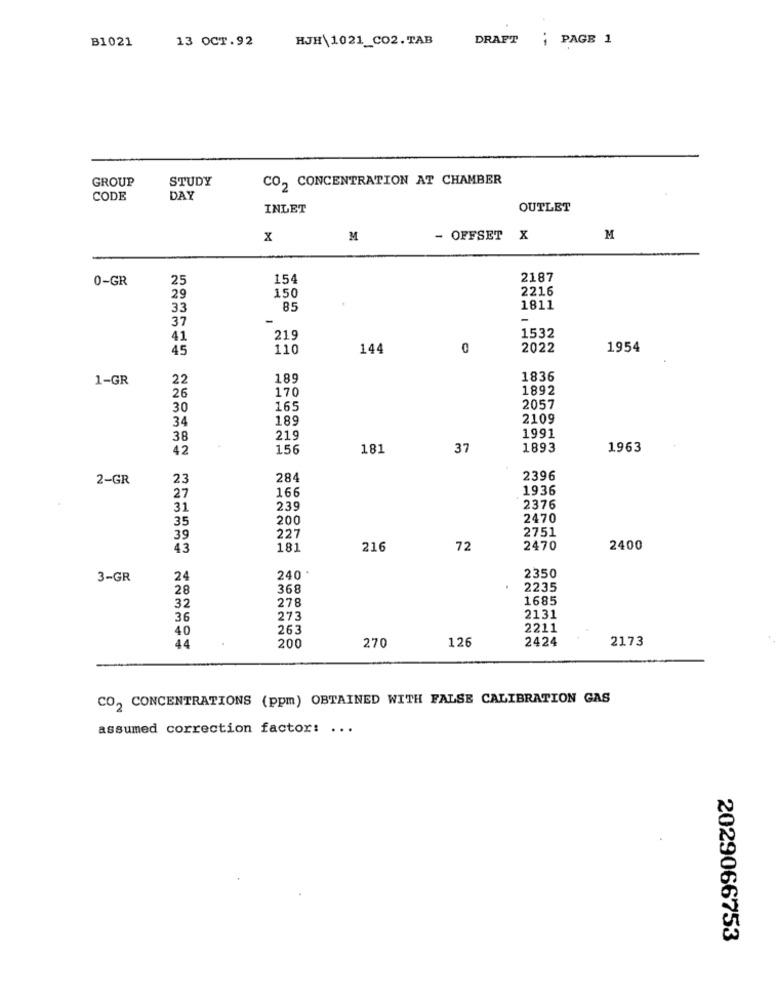
B1021
13 OCT.92
HJH\1021_CO2.TAB
DRAFT ; PAGE 1
GROUP
STUDY
CO2 CONCENTRATION AT CHAMBER
CODE
DAY
INLET
OUTLET
x
M
- OFFSET
X
M
0-GR
25
154
2187
150
2216
29
33
85
1811
37
41
219
1532
45
110
144
0
2022
1954
1-GR
22
189
1836
170
1892
26
30
165
2057
34
189
2109
1991
38
219
42
156
181
37
1893
1963
2-GR
23
284
2396
27
166
1936
31
239
2376
35
200
2470
2751
39
227
43
181
216
72
2470
2400
3-GR
24
240
2350
28
368
2235
278
1685
32
36
273
2131
40
263
2211
270
126
2424
2173
44
200
CO2 CONCENTRATIONS (ppm) OBTAINED WITH FALSE CALIBRATION GAS
assumed correction factor: ...
2029066753